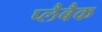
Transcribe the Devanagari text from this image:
प्लैबैक